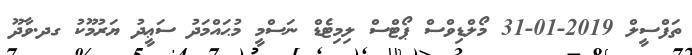
ތަފްސީލް 2019-01-31 މޯލްޑިވްސް ޕޯޓްސް ލިމިޓެޑް ނަސްމީ މުޙައްމަދު ސަޢީދު ޔަރުމޫކު ގދ.ވާދޫ